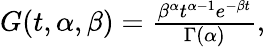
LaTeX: \begin{array}{r}{G(t,\alpha,\beta)=\frac{\beta^{\alpha}t^{\alpha-1}e^{-\beta t}}{\Gamma(\alpha)},}\end{array}